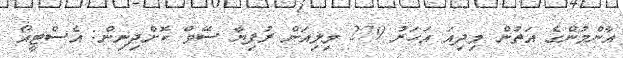
އާންމުންގެ އަތުން މިދިއަ އަހަރު 279 މިލިއަން ރުފިޔާ ސޭވް ކޮށްދިނިން: އެސްޓީއޯ